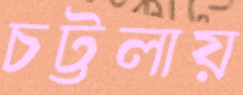
চট্টলায়